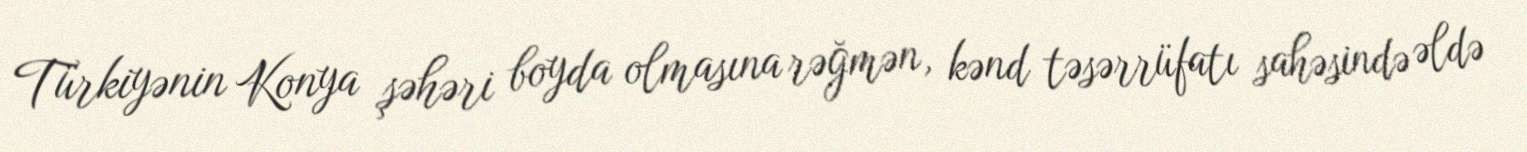
Türkiyənin Konya şəhəri boyda olmasına rəğmən, kənd təsərrüfatı sahəsində əldə